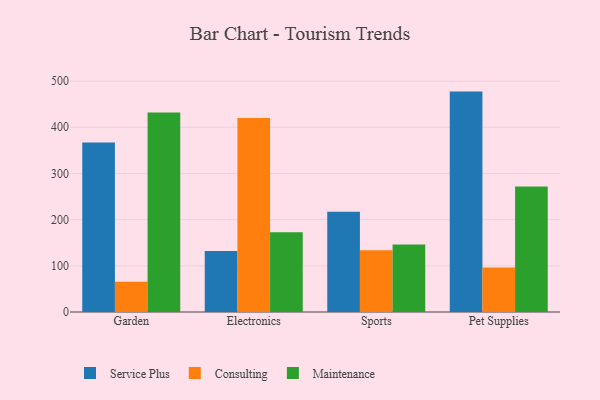
{"axis": {"x": "Category", "y": "Demand Index"}, "legend": ["Consulting", "Maintenance", "Service Plus"], "data": [{"x": "Garden", "y": 366.9, "type": "Service Plus"}, {"x": "Garden", "y": 65.5, "type": "Consulting"}, {"x": "Garden", "y": 431.9, "type": "Maintenance"}, {"x": "Electronics", "y": 132.0, "type": "Service Plus"}, {"x": "Electronics", "y": 420.2, "type": "Consulting"}, {"x": "Electronics", "y": 172.9, "type": "Maintenance"}, {"x": "Sports", "y": 216.9, "type": "Service Plus"}, {"x": "Sports", "y": 133.5, "type": "Consulting"}, {"x": "Sports", "y": 146.3, "type": "Maintenance"}, {"x": "Pet Supplies", "y": 477.3, "type": "Service Plus"}, {"x": "Pet Supplies", "y": 96.4, "type": "Consulting"}, {"x": "Pet Supplies", "y": 271.9, "type": "Maintenance"}]}